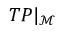
T { \cal P } { \vert _ { \mathcal { M } } }